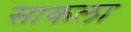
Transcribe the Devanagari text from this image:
साकला